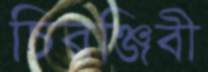
চিরঞ্জিবী